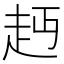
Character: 䞛